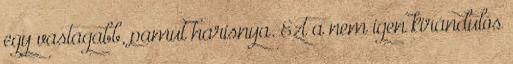
egy vastagabb, pamut harisnya. Ezt a nem igen kirándulós